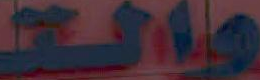
مالت